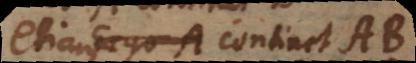
etiam AB continebit AB